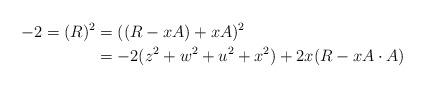
LaTeX: \begin{align*}-2=(R)^2 &= ((R-xA)+xA)^2 \\&=-2(z^2+w^2+u^2+x^2)+2x(R-xA \cdot A)\end{align*}